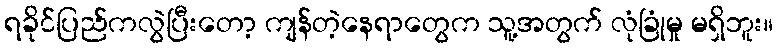
ရခိုင်ပြည်ကလွဲပြီးတော့ ကျန်တဲ့နေရာတွေက သူ့အတွက် လုံခြုံမှု မရှိဘူး။